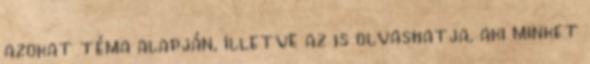
azokat téma alapján, illetve az is olvashatja, aki minket